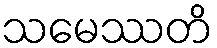
သမေဿတိ